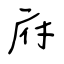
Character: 府